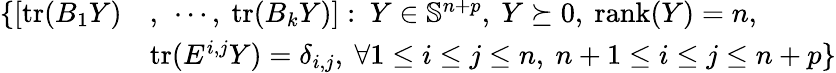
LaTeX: \begin{array}{rl}{\{ [\mathrm{tr}(B_{1}Y)}&{,\ \cdots,\ \mathrm{tr}(B_{k}Y)]:~Y\in{\mathbb S}^{n+p},~Y\succeq 0,\ \mathrm{rank}(Y)=n,}\\ &{\mathrm{tr}(E^{i,j}Y)=\delta_{i,j},~\forall 1\le i\le j\le n,~n+1\le i\le j\le n+p\} }\end{array}